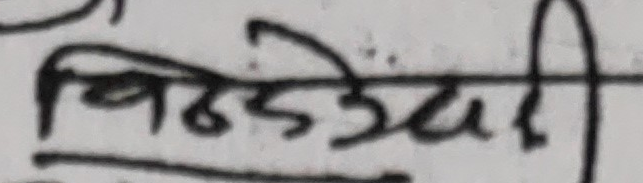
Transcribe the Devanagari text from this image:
बिर्खेदेवी